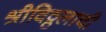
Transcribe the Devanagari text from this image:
श्रीविठ्ठलाची